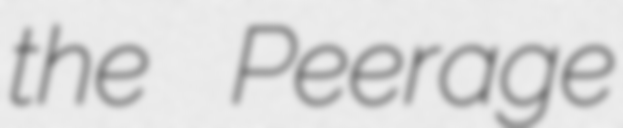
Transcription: the Peerage